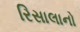
રિસાલાનો